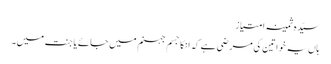
سیّدہ ثمینہ امتیاز
ہاں یہ خواتین کی مرضی ہے کہ انکا جسم جہنم میں جائے یا جنت میں۔